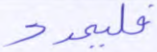
فليمدد